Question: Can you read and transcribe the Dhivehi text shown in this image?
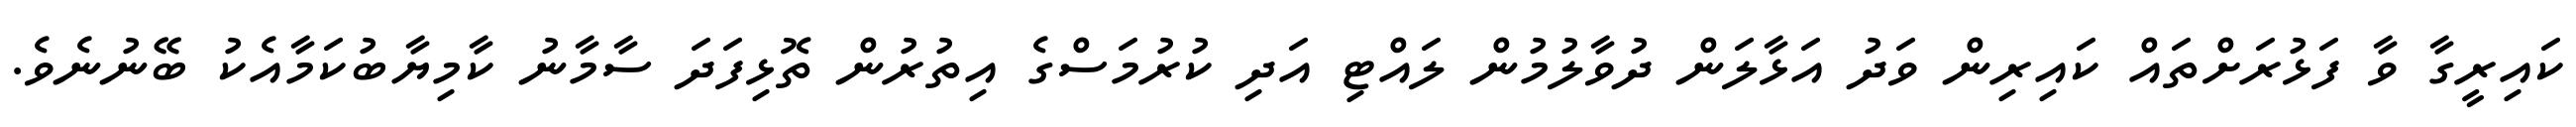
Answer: ކައިރީގާ ވާ ފަޅުރަށްތައް ކައިރިން ވަދު އަޅާލަން ދުވާލުމުން ލައްޓި އަދި ކުރުމަސްގެ އިތުރުން ތޮޅިފަދަ ސާމާނު ކާމިޔާބުކަމާއެކު ބޭނުނެވެ.